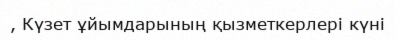
, Күзет ұйымдарының қызметкерлері күні